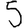
Digit: 5